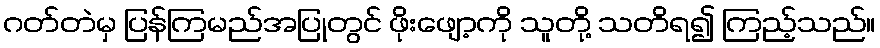
ဂတ်တဲမှ ပြန်ကြမည်အပြုတွင် ဖိုးဖျော့ကို သူတို့ သတိရ၍ ကြည့်သည်။